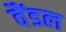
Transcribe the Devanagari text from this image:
वैंडल